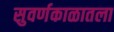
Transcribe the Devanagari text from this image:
सुवर्णकाळातला